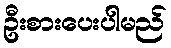
ဦးစားပေးပါမည်